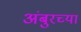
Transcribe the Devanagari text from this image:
अंबुरच्या